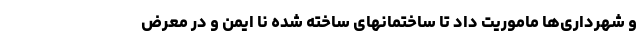
و شهرداری‌ها ماموریت داد تا ساختمانهای ساخته شده نا ایمن و در معرض